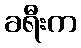
ခရီးက